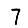
Digit: 7